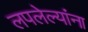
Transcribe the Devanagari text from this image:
लपलेल्‍यांना